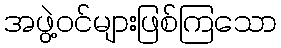
အဖွဲ့ဝင်များဖြစ်ကြသော